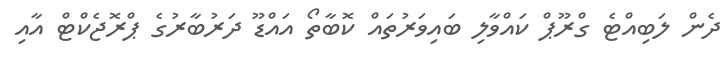
ދެން ލަބިއްޓެ ގްރޫޕް ކައްވާލި ބައިވަރުތައް ކޮބާތޯ އައްޑޫ ދަރުބާރުގެ ޕްރޮޖެކްޓް އާއި